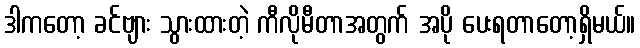
ဒါကတော့ ခင်ဗျား သွားထားတဲ့ ကီလိုမီတာအတွက် အပို ပေးရတာတော့ရှိမယ်။